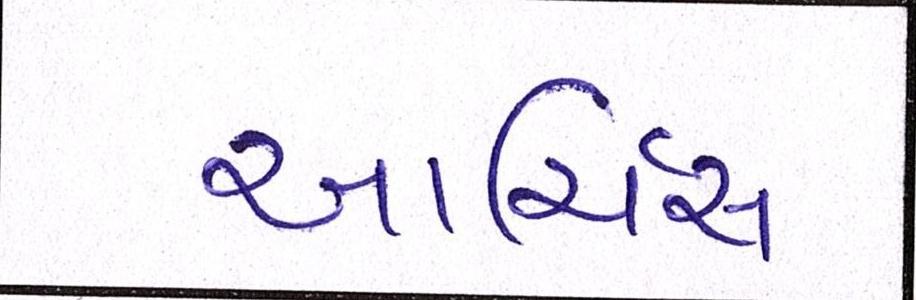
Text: આર્ચિસ